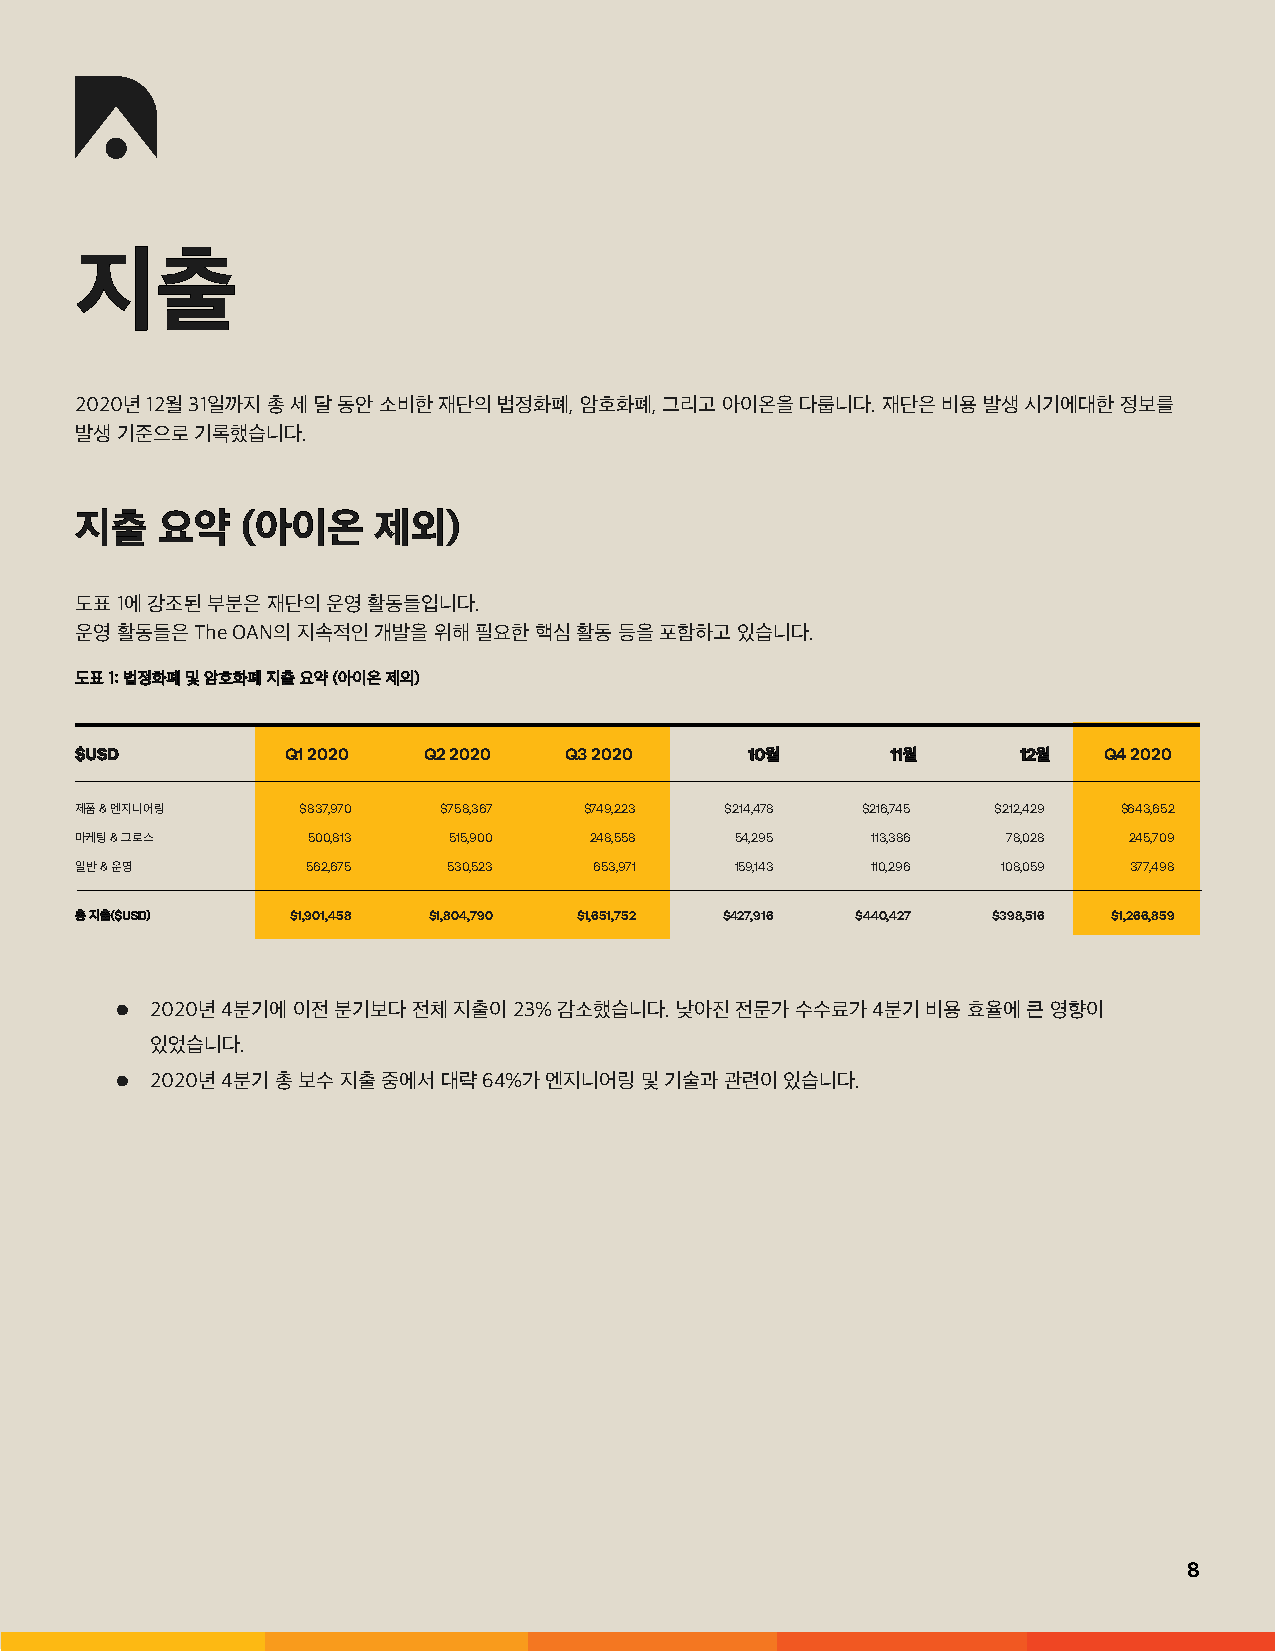
지지출출
 2020년 12월 31일까지 총 세 달 동안 소비한 재단의 법정화폐, 암호화폐, 그리고 아이온을 다룹니다. 재단은 비용 발생 시기에대한 정보를
 발생 기준으로 기록했습니다.
 지지출출 요요약약  ((아아이이온온 제제외외))
 도표 1에 강조된 부분은 재단의 운영 활동들입니다.
 운영 활동들은 The OAN의 지속적인 개발을 위해 필요한 핵심 활동 등을 포함하고 있습니다.
 도도표표 11:: 법법정정화화폐폐 및및 암암호호화화폐폐 지지출출 요요약약 ((아아이이온온 제제외외))
 $$UUSSDD      Q1 2020  Q2 2020  Q3 2020      1100월월   1111월월   1122월월 Q4 2020
 제품 & 엔지니어링     $837,970 $758,367  $749,223 $214,478 $216,745 $212,429 $643,652
 마케팅 & 그로스      500,813   515,900  248,558   54,295   113,386  78,028  245,709
 일반 & 운영        562,675   530,523  653,971   159,143  110,296 108,059  377,498
 총총 지지출출(($$UUSSDD)) $1,901,458 $1,804,790 $1,651,752 $427,916 $440,427 $398,516 $1,266,859
 ●  2020년 4분기에 이전 분기보다 전체 지출이 23% 감소했습니다. 낮아진 전문가 수수료가 4분기 비용 효율에 큰 영향이
 있었습니다.
 ●  2020년 4분기 총 보수 지출 중에서 대략 64%가 엔지니어링 및 기술과 관련이 있습니다.
 8